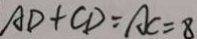
A D + C D = A C = 8